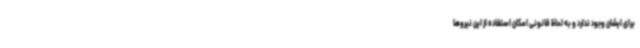
برای ایشان وجود ندارد و به لحاظ قانونی امکان استفاده از این نیروها